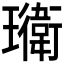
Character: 𭺎